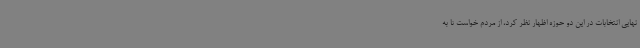
نهایی انتخابات در این دو حوزه اظهار نظر کرد، از مردم خواست تا به